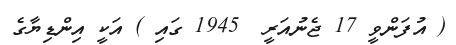
( އުފަންވީ 17 ޖެނުއަރީ  1945 ގައި ) އަކީ އިންޑިޔާގެ